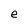
Character: e